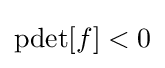
\operatorname {pdet} [f]<0